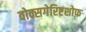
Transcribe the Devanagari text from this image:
वोक्सगेरिष्टशोफ़